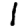
Digit: 1